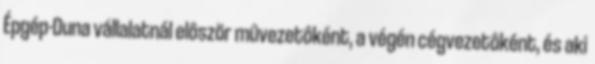
Épgép-Duna vállalatnál elôször mûvezetôként, a végén cégvezetôként, és aki